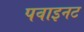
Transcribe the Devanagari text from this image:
पवाइनट